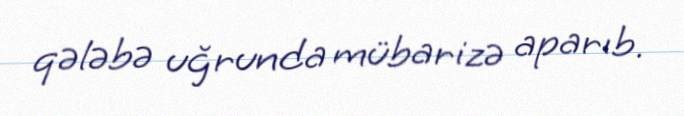
qələbə uğrunda mübarizə aparıb.